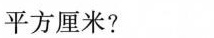
平方厘米?